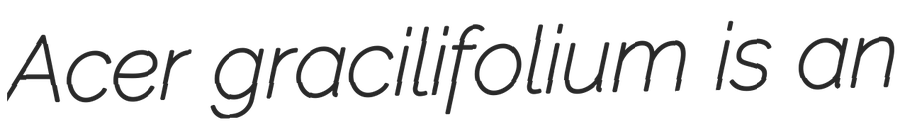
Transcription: Acer gracilifolium is an